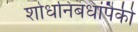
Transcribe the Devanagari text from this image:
शोधनिबंधांपैकी